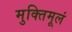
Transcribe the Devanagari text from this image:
मुक्तिमूलं